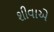
શીવાએ